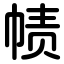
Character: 帻